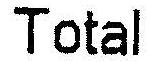
TOTAL